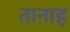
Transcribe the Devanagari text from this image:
तानाह